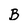
Character: B